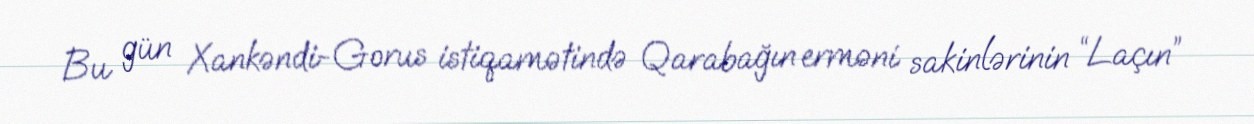
Bu gün Xankəndi-Gorus istiqamətində Qarabağın erməni sakinlərinin “Laçın”